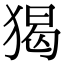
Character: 猲